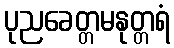
ပုညခေတ္တမနုတ္တရံ